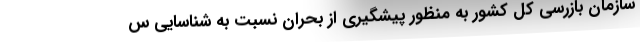
سازمان بازرسی کل کشور به منظور پیشگیری از بحران نسبت به شناسایی س